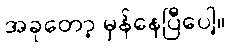
အခုတော့ မှန်နေပြီပေါ့။